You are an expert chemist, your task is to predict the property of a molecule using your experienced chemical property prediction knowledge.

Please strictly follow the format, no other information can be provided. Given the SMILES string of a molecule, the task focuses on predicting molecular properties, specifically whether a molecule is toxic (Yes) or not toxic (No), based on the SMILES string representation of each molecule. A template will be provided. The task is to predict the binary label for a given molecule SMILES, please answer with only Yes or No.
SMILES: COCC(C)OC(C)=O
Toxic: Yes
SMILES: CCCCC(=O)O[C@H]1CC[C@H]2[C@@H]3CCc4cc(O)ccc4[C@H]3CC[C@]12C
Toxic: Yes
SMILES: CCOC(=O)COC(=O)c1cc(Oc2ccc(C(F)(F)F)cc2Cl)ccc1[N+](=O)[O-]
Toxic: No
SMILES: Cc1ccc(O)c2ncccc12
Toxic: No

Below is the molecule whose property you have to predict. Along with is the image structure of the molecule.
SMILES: CCCC(=O)Cl
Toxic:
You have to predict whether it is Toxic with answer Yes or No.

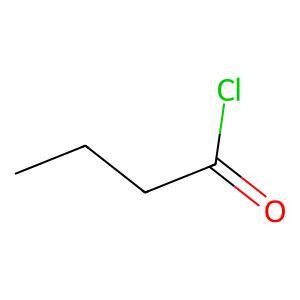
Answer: No